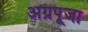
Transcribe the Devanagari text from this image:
अग्रपूजा